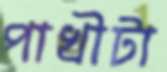
পাখীটা